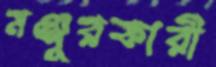
মঞ্জুরকারী